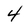
Character: 4